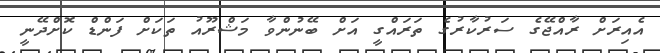
އެއިރަށް ރާއްޖޭގެ ސަރުކާރުގެ ތަރައްގީ އަށް ބޭނުންވާ މަޝްރޫއު ތަކަށް ފަންޑް ކޮށްދޭނީ